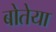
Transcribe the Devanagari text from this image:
बोतेया